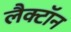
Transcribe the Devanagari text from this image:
लैक्टॉन